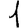
Digit: 1